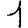
Digit: 1